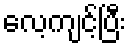
လေ့ကျင့်ပြီး